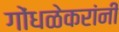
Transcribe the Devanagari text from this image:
गोंधळेकरांनी